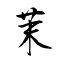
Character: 茉